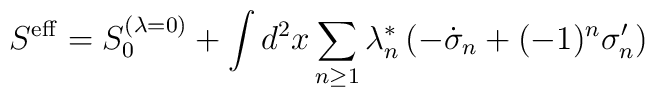
S^{\rm eff}= S_0^{(\lambda =0)}+\int d^2x \sum _{n\geq 1} \lambda ^*_n\left(- \dot \sigma _n+(-1)^n\sigma _n'\right)